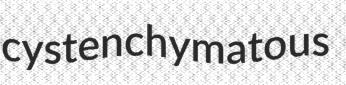
cystenchymatous